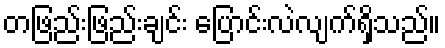
တဖြည်းဖြည်းချင်း ပြောင်းလဲလျက်ရှိသည်။